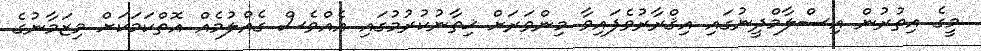
މީގެ އިތުރުން އިސްލާމްދީނުގައި އިޤްރާރުވެފައިވާ މިންވަރަށް ޚިތާނުކުރުމުގައި އެއްވެސް ގެއްލުމެއް އޮތްކަމަކަށް މިޒަމާނުގެ